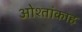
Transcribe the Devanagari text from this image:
ओश्तांकाह